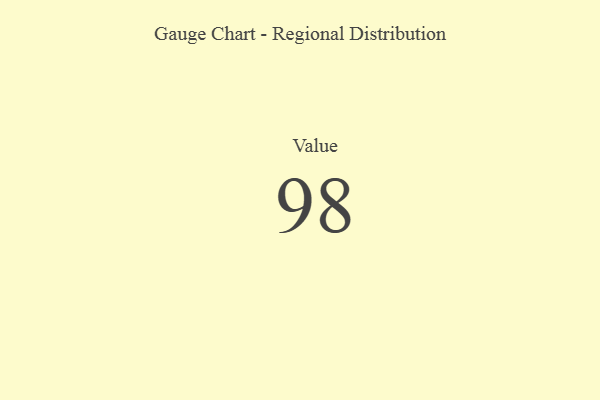
{"axis": {"x": "Metric", "y": "Value"}, "legend": [""], "data": [{"x": "Value", "y": 98, "type": ""}]}